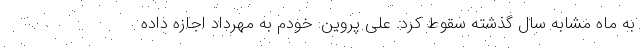
به ماه مشابه سال گذشته سقوط کرد. علی پروین: خودم به مهرداد اجازه داده